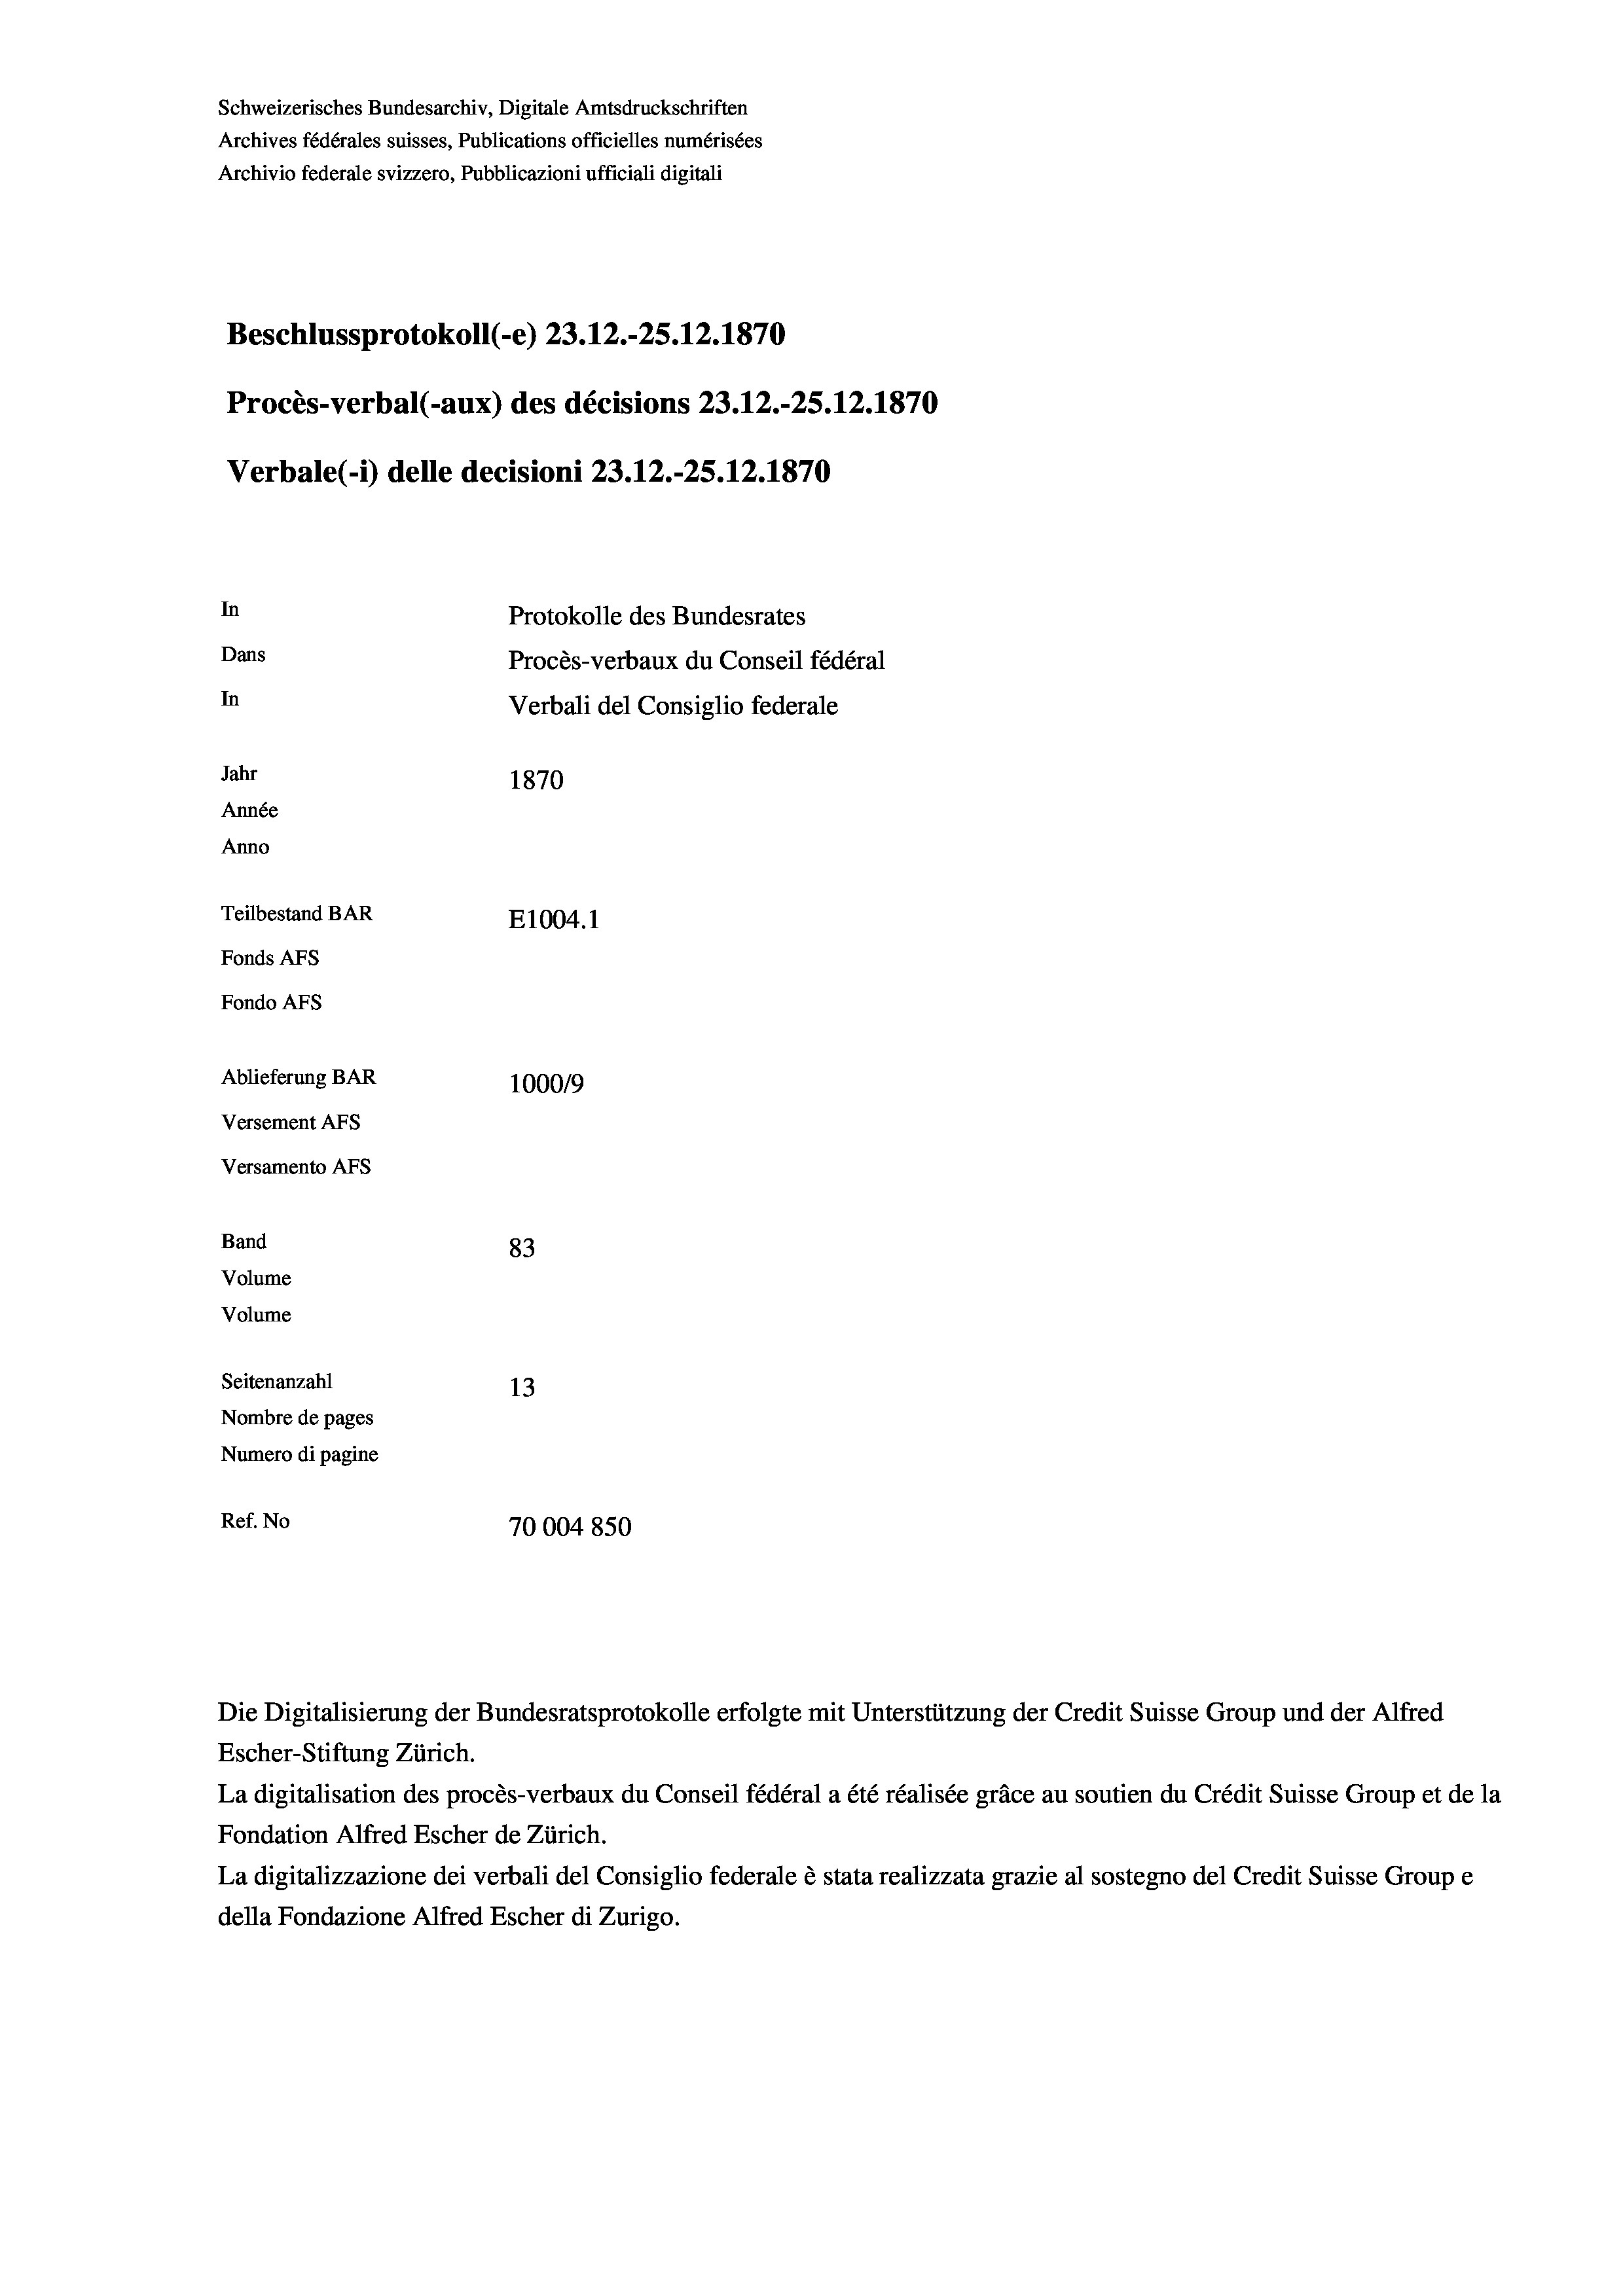
Schweizerisches Bundesarchiv, Digitale Amtsdruckschriften
Archives fédérales suisses, Publications officielles numérisées
Archivio federale svizzero, Pubblicazioni ufficiali digitali
Beschlussprotokoll (-e) 23.12.-25.12.1870
Procès-verbal (-aux) des décisions 23.12.-25.12.1870
Verbale (- 1) delle decisioni 23.12.-25. 12. 1870
In
Protokolle des Bundesrates
Dans
Procès-verbaux du Conseil fédéral
In
Verbali del Consiglio federale
Jahr
1870
Année
Anno
Teilbestand BAR
E1004. 1
Fonds Afs
Fondo AFs
Ablieferung BAR
100019
Versement AFs
Versamento AFs
Band
83
Volume
Volume
Seitenanzahl
13
Nombre de pages
Numero di pagine
Ref. No
70004850

Die Digitalisierung der Bundesratsprotokolle erfolgte mit Unterstützung der Credit Suisse Group und der Alfred

Escher-Stiftung Zürich.
La digitalisation des procès-verbaux du Conseil fédéral a été réalisée gräce au soutien du Crédit Suisse Group et de la
Fondation Alfred Escher de Zürich.
La digitalizzazione dei verbali del Consiglio federale è stata realizzata grazie al sostegno del Credit Suisse Groupe
della Fondazione Alfred Escher di Zurigo.